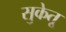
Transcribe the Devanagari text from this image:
सुकेतू